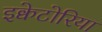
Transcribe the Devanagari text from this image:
इक्वेटोरिया